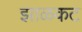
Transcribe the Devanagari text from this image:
झाळकट